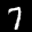
Label: 7